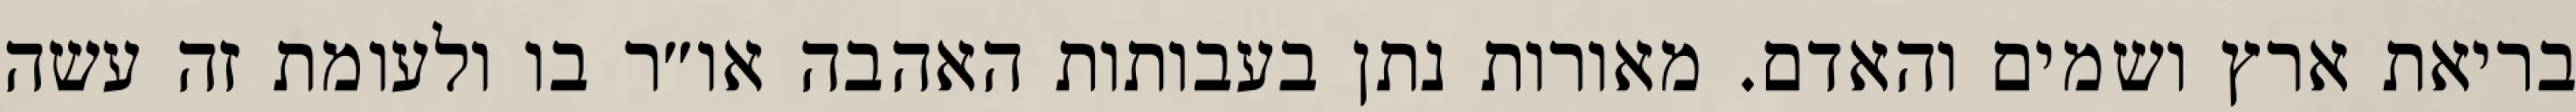
בריאת ארץ ושמים והאדם. מאורות נתן בעבותות האהבה או״ר בו ולעומת זה עשה